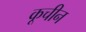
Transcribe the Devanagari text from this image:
कूचीन